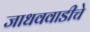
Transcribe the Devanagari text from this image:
जाधववाडीचे